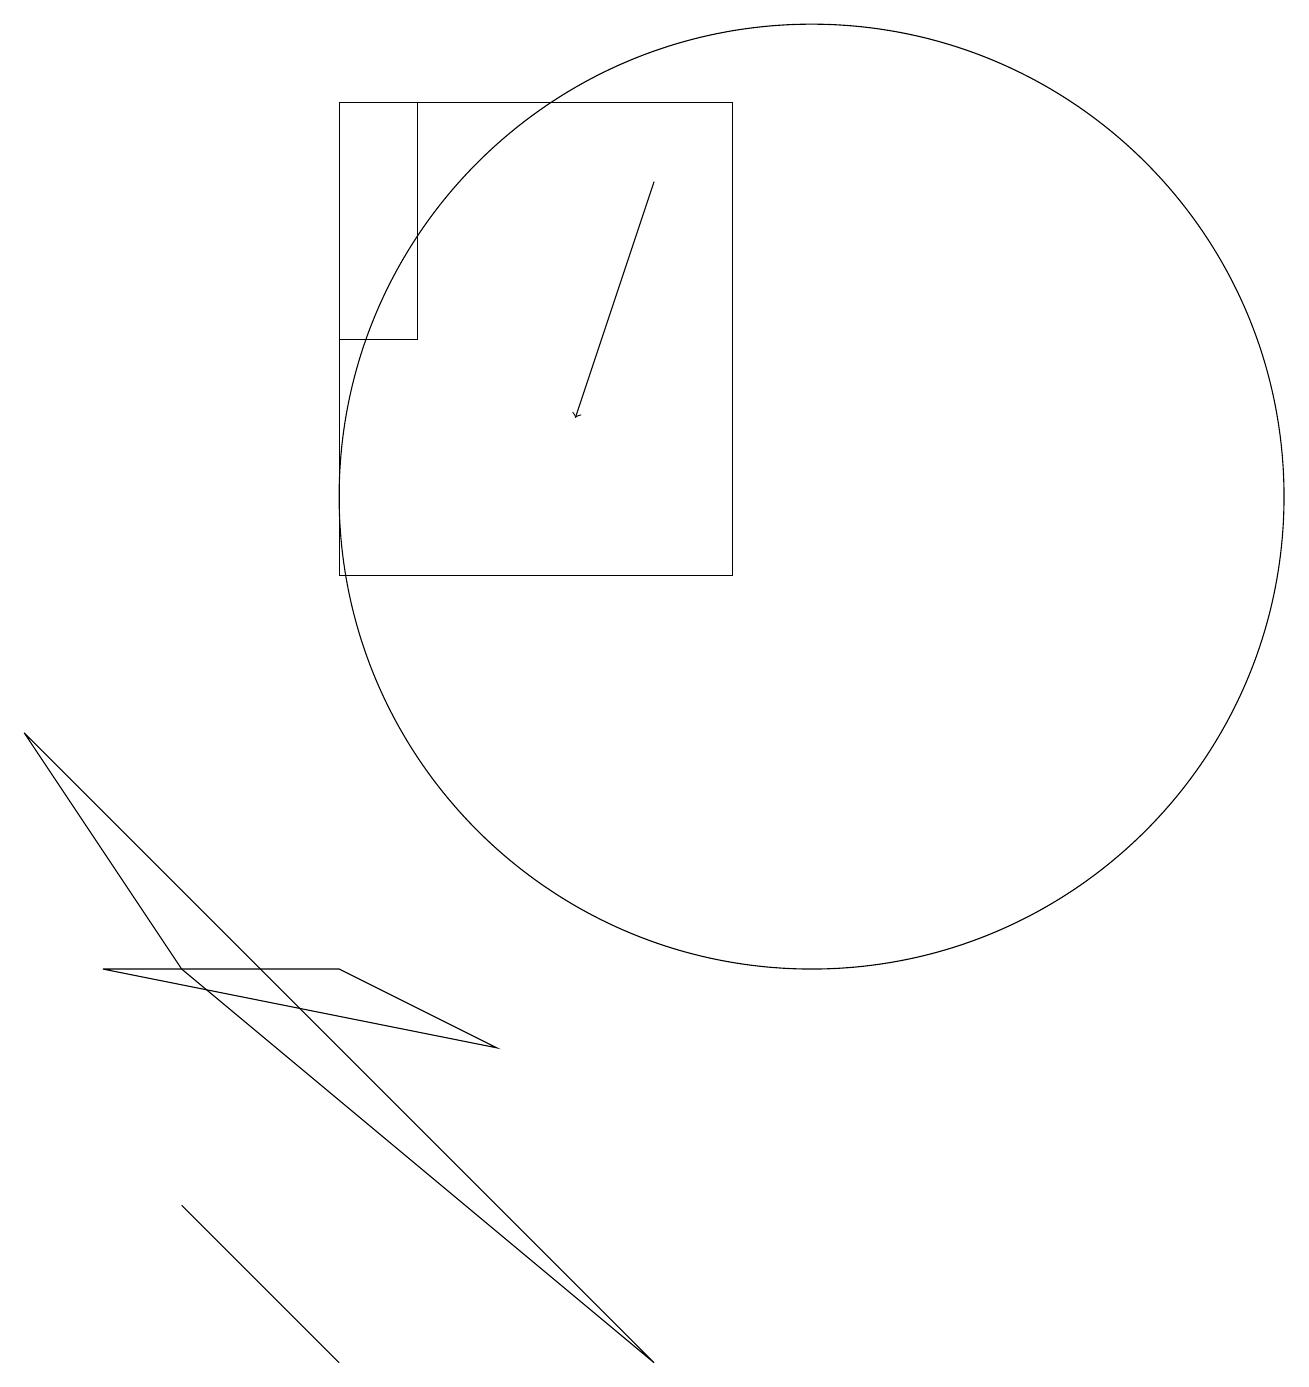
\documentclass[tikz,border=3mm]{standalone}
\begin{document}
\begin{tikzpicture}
\draw (9,10) rectangle (4,16);
\draw[->] (8,15) -- (7,12);
\draw (0,8) -- (8,0) -- (2,5) -- cycle;
\draw (5,13) rectangle (4,16);
\draw (1,5) -- (4,5) -- (6,4) -- cycle;
\draw (4,0) -- (4,0) -- (2,2) -- cycle;
\draw (10,11) circle (6);
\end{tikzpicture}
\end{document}